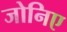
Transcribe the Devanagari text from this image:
जोनिए